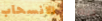
الانسحاب دينه